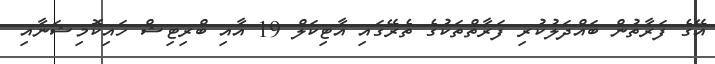
އޭގެ ފަރާތުން ބައްދަލުކުރި ފަރާތްތަކުގެ ތެރޭގައި އާޓިކަލް 19 އާއި ބްރިޓިޝް ހައިކޮމިޝަނާއި